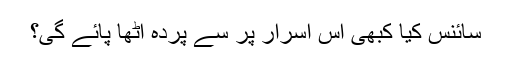
سائنس کیا کبھی اس اسرار پر سے پردہ اٹھا پائے گی؟